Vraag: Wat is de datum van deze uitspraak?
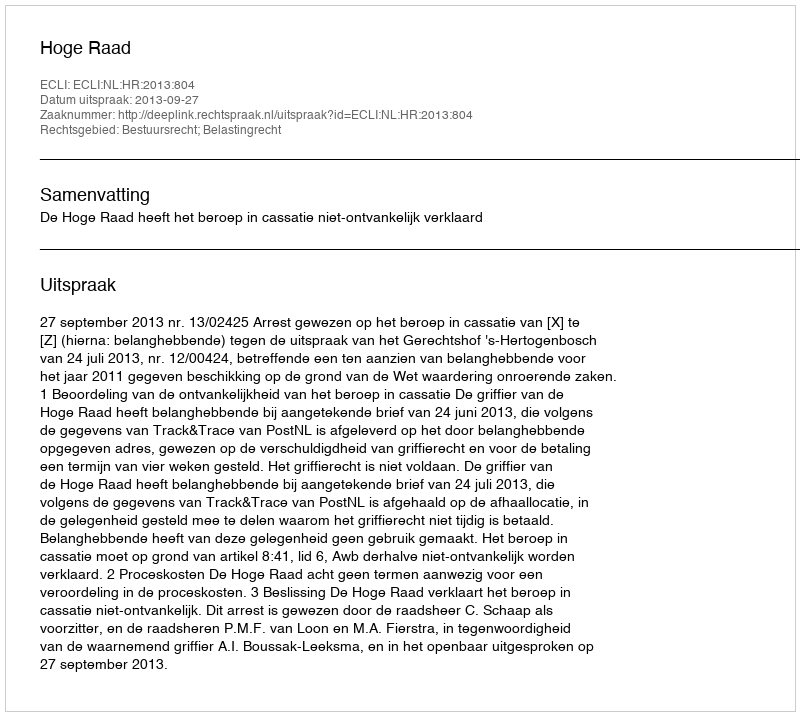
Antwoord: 2013-09-27